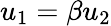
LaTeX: u_{1}=\beta u_{2}